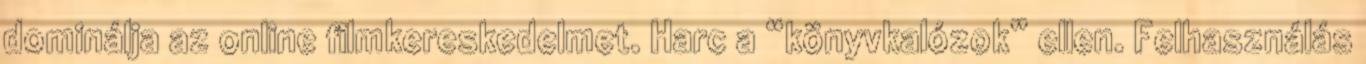
dominálja az online filmkereskedelmet. Harc a “könyvkalózok” ellen. Felhasználás